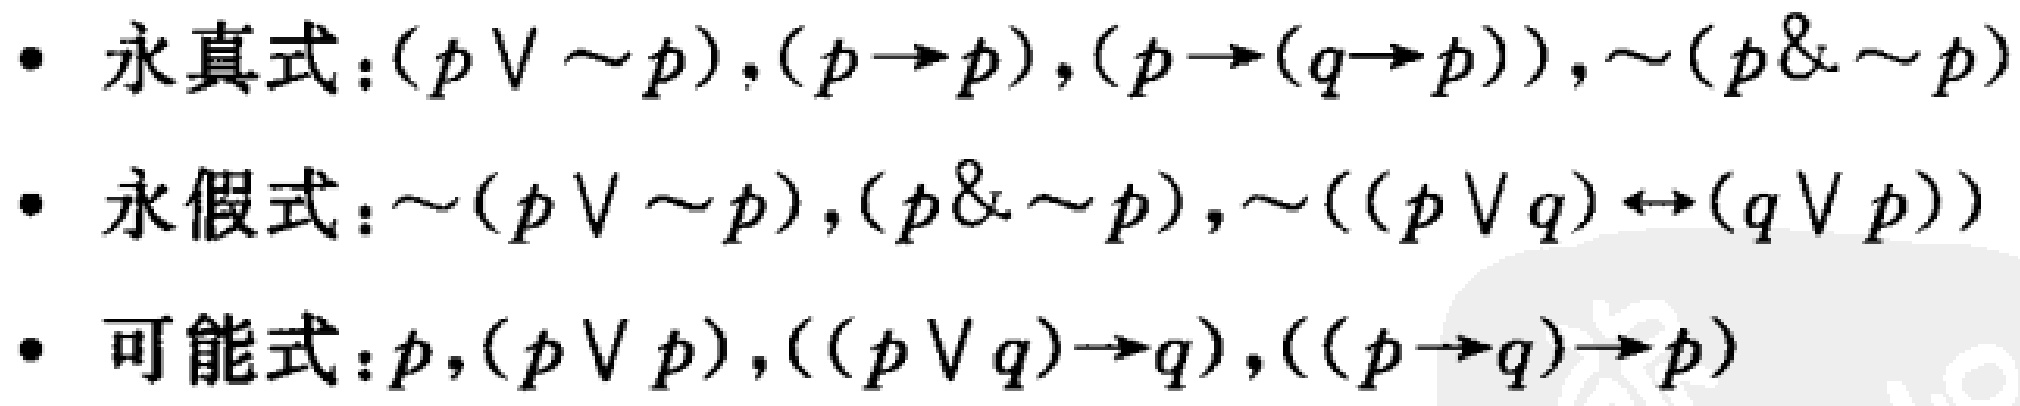
- 永真式：$(p \vee \sim p),(p \rightarrow p),(p \rightarrow (q \rightarrow p)),\sim (p \& \sim p)$
- 永假式：$\sim (p \vee \sim p),(p \& \sim p),\sim ((p \vee q) \leftrightarrow (q \vee p))$
- 可能式：$p,(p \vee p),((p \vee q) \rightarrow q),((p \rightarrow q) \rightarrow p)$